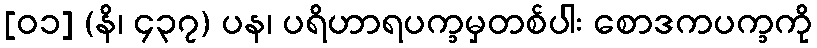
[၀၁] (နိ၊ ၄၃၇) ပန၊ ပရိဟာရပက္ခမှတစ်ပါး စောဒကပက္ခကို